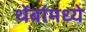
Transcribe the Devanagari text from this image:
थेंबांमध्ये